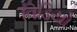
વિડિયો